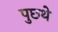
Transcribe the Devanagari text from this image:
पुछ्थे